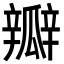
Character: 瓣